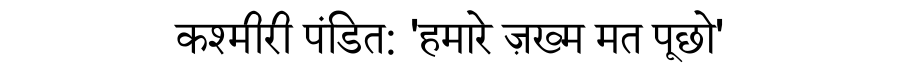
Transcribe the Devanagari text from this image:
कश्मीरी पंडित: 'हमारे ज़ख्म मत पूछो'